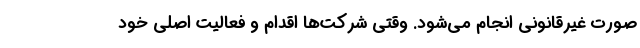
صورت غیرقانونی انجام می‌شود. وقتی شرکت‌ها اقدام و فعالیت اصلی خود